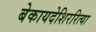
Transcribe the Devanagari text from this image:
बेकायदेशिररित्या